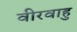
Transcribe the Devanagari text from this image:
वीरवाहु